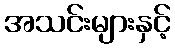
အသင်းများနှင့်